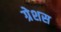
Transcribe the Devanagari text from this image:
ग्रेशस